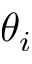
\theta _ { i }